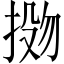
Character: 𫽌